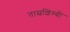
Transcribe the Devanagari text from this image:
ताम्रशिम्बी